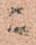
ニ